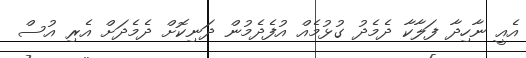
އެއީ ނާހިދާ ފަލާކާ ދެމެދު ގުޅުމެއް އުފެދެމުން ދަނިކޮށް ދެމެދަށް އެރި އުސް